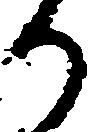
り